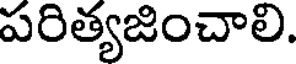
పరిత్యజించాలి.